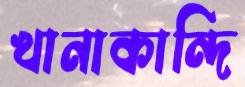
খানাকান্দি